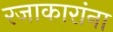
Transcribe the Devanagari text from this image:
रजाकारांना